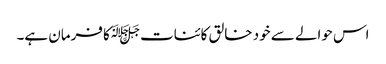
اس حوالے سے خود خالق کائنات ﷻکا فرمان ہے۔